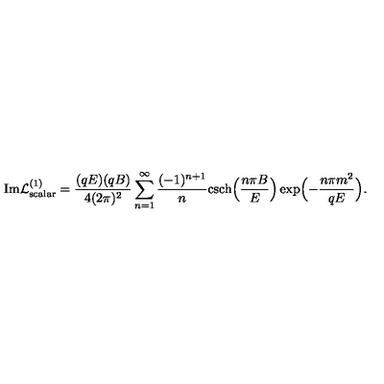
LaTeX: \mathrm { I m } { \cal L } _ { \mathrm { s c a l a r } } ^ { ( 1 ) } = \frac { ( q E ) ( q B ) } { 4 ( 2 \pi ) ^ { 2 } } \sum _ { n = 1 } ^ { \infty } \frac { ( - 1 ) ^ { n + 1 } } { n } \mathrm { c s c h } \Bigl ( \frac { n \pi B } { E } \Bigr ) \exp \Bigl ( - \frac { n \pi m ^ { 2 } } { q E } \Bigr ) .